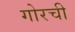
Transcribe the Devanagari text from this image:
गोरची